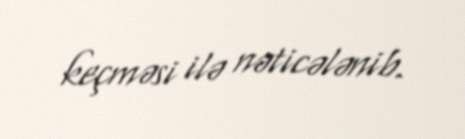
keçməsi ilə nəticələnib.